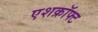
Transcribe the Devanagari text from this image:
एशक्रॉफ्ट